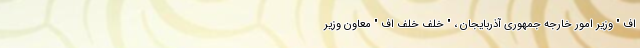
اف " وزیر امور خارجه جمهوری آذربایجان ، " خلف خلف اف " معاون وزیر